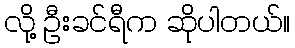
လို့ ဦးခင်ရီက ဆိုပါတယ်။